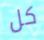
كل